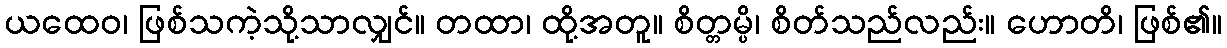
ယထေဝ၊ ဖြစ်သကဲ့သို့သာလျှင်။ တထာ၊ ထို့အတူ။ စိတ္တမ္ပိ၊ စိတ်သည်လည်း။ ဟောတိ၊ ဖြစ်၏။